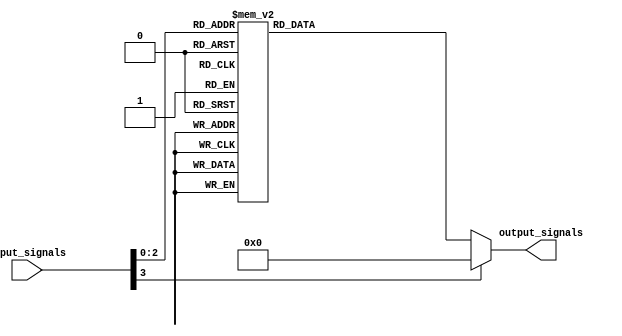
module Decoder (
    input [3:0] input_signals,
    output [7:0] output_signals
);

    // Define encoding scheme
    parameter ENCODING_SCHEME = 8'b11001100;

    // Decoder logic
    always @*
    begin
        case (input_signals)
            4'b0000: output_signals = 8'b10000000; // decoding logic for input combination 0000
            4'b0001: output_signals = 8'b01000000; // decoding logic for input combination 0001
            4'b0010: output_signals = 8'b00100000; // decoding logic for input combination 0010
            4'b0011: output_signals = 8'b00010000; // decoding logic for input combination 0011
            4'b0100: output_signals = 8'b00001000; // decoding logic for input combination 0100
            4'b0101: output_signals = 8'b00000100; // decoding logic for input combination 0101
            4'b0110: output_signals = 8'b00000010; // decoding logic for input combination 0110
            4'b0111: output_signals = 8'b00000001; // decoding logic for input combination 0111
            default: output_signals = 8'b00000000;  // default output for all other combinations
        endcase
    end

endmodule